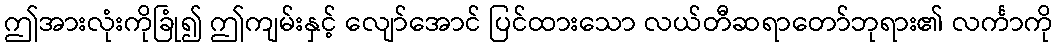
ဤအားလုံးကိုခြုံ၍ ဤကျမ်းနှင့် လျော်အောင် ပြင်ထားသော လယ်တီဆရာတော်ဘုရား၏ လင်္ကာကို